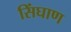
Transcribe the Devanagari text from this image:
सिंघाण